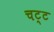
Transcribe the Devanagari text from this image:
चट्ट